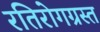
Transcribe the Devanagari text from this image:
रतिरोगग्रस्त